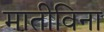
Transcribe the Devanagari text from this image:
मातीविना